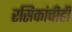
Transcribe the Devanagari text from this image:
रसिकांचीही